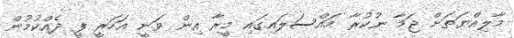
މާލިއްޔަތަށް ޖަމާ ނުކުރާ މައްސަލައިގައި މީރާ އިން ވަނީ އަހަރީ ފީ ދެއްކުމުން